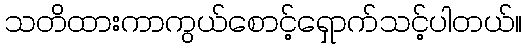
သတိထားကာကွယ်စောင့်ရှောက်သင့်ပါတယ်။